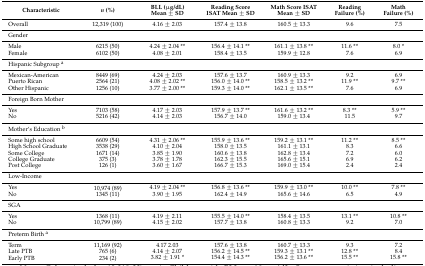
<table><thead><tr><td><b>Characteristic</b></td><td><b><i>n</i> (%)</b></td><td><b>BLL (μg/dL) Mean ± SD</b></td><td><b>Reading Score ISAT Mean ± SD</b></td><td><b>Math Score ISAT Mean ± SD</b></td><td><b>Reading Failure (%)</b></td><td><b>Math Failure (%)</b></td></tr></thead><tbody><tr><td>Overall</td><td>12,319 (100)</td><td>4.16 ± 2.03</td><td>157.4 ± 13.8</td><td>160.5 ± 13.3</td><td>9.6</td><td>7.5</td></tr><tr><td>Gender</td><td></td><td></td><td></td><td></td><td></td><td></td></tr><tr><td>Male</td><td>6215 (50)</td><td>4.24 ± 2.04 **</td><td>156.4 ± 14.1 **</td><td>161.1 ± 13.8 **</td><td>11.6 **</td><td>8.0 *</td></tr><tr><td>Female</td><td>6102 (50)</td><td>4.08 ± 2.01 </td><td>158.4 ± 13.5</td><td>159.9 ± 12.8</td><td>7.6</td><td>6.9</td></tr><tr><td>Hispanic Subgroup <sup>a</sup></td><td></td><td></td><td></td><td></td><td></td><td></td></tr><tr><td>Mexican-American</td><td>8449 (69)</td><td>4.24 ± 2.03</td><td>157.6 ± 13.7</td><td>160.9 ± 13.3</td><td>9.2</td><td>6.9</td></tr><tr><td>Puerto Rican</td><td>2564 (21)</td><td>4.08 ± 2.02 **</td><td>156.0 ± 14.0 **</td><td>158.5 ± 13.2 **</td><td>11.9 **</td><td>9.7 **</td></tr><tr><td>Other Hispanic</td><td>1256 (10)</td><td>3.77 ± 2.00 **</td><td>159.3 ± 14.0 **</td><td>162.1 ± 13.5 **</td><td>7.6</td><td>6.9</td></tr><tr><td>Foreign Born Mother</td><td></td><td></td><td></td><td></td><td></td><td></td></tr><tr><td>Yes</td><td>7103 (58)</td><td>4.17 ± 2.03</td><td>157.9 ± 13.7 **</td><td>161.6 ± 13.2 **</td><td>8.3 **</td><td>5.9 **</td></tr><tr><td>No</td><td>5216 (42)</td><td>4.14 ± 2.03</td><td>156.7 ± 14.0</td><td>159.0 ± 13.4</td><td>11.5</td><td>9.7</td></tr><tr><td>Mother‘s Education <sup>b</sup></td><td></td><td></td><td></td><td></td><td></td><td></td></tr><tr><td>Some high school</td><td>6609 (54)</td><td>4.31 ± 2.06 **</td><td>155.9 ± 13.6 **</td><td>159.2 ± 13.1 **</td><td>11.2 **</td><td>8.5 **</td></tr><tr><td>High School Graduate</td><td>3538 (29)</td><td>4.10 ± 2.04</td><td>158.0 ± 13.5</td><td>161.1 ± 13.1</td><td>8.3</td><td>6.6</td></tr><tr><td>Some College</td><td>1671 (14)</td><td>3.85 ± 1.90</td><td>160.6 ± 13.8</td><td>162.8 ± 13.4</td><td>7.2</td><td>6.0</td></tr><tr><td>College Graduate</td><td>375 (3)</td><td>3.78 ± 1.78</td><td>162.3 ± 15.5</td><td>165.6 ± 15.1</td><td>6.9</td><td>6.2</td></tr><tr><td>Post College </td><td>126 (1)</td><td>3.60 ± 1.67</td><td>166.7 ± 15.3</td><td>169.0 ± 15.4</td><td>2.4</td><td>2.4</td></tr><tr><td>Low-Income</td><td></td><td></td><td></td><td></td><td></td><td></td></tr><tr><td>Yes</td><td>10,974 (89)</td><td>4.19 ± 2.04 **</td><td>156.8 ± 13.6 **</td><td>159.9 ± 13.0 **</td><td>10.0 **</td><td>7.8 **</td></tr><tr><td>No</td><td>1345 (11)</td><td>3.90 ± 1.95</td><td>162.4 ± 14.9</td><td>165.6 ± 14.6</td><td>6.5</td><td>4.9</td></tr><tr><td>SGA</td><td></td><td></td><td></td><td></td><td></td><td></td></tr><tr><td>Yes</td><td>1368 (11)</td><td>4.19 ± 2.11</td><td>155.5 ± 14.0 **</td><td>158.4 ± 13.5</td><td>13.1 **</td><td>10.8 **</td></tr><tr><td>No</td><td>10,799 (89)</td><td>4.15 ± 2.02</td><td>157.7 ± 13.8</td><td>160.8 ± 13.3</td><td>9.2</td><td>7.0</td></tr><tr><td>Preterm Birth <sup>a</sup></td><td></td><td></td><td></td><td></td><td></td><td></td></tr><tr><td>Term</td><td>11,169 (92)</td><td>4.17 2.03</td><td>157.6 ± 13.8</td><td>160.7 ± 13.3</td><td>9.3</td><td>7.2</td></tr><tr><td>Late PTB</td><td>765 (6)</td><td>4.14 ± 2.07</td><td>156.2 ± 14.5 **</td><td>159.3 ± 13.1 **</td><td>12.8 **</td><td>8.4</td></tr><tr><td>Early PTB</td><td>234 (2)</td><td>3.82 ± 1.91 *</td><td>154.4 ± 14.3 **</td><td>156.2 ± 13.6 **</td><td>15.5 **</td><td>15.8 **</td></tr></tbody></table>